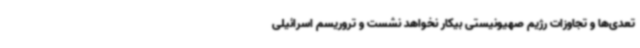
تعدی‌ها و تجاوزات رژیم صهیونیستی بیکار نخواهد نشست و تروریسم اسرائیلی